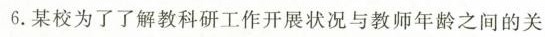
6.某校为了了解教科研工作开展状况与教师年龄之间的关